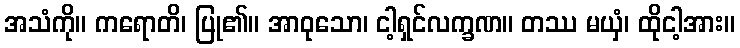
အသံကို။ ကရောတိ၊ ပြု၏။ အာဝုသော၊ ငါ့ရှင်လက္ခဏ။ တဿ မယှံ၊ ထိုငါ့အား။